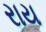
રાય